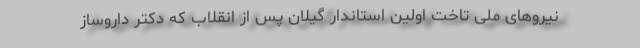
نیروهای ملی تاخت اولین استاندار گیلان پس از انقلاب که دکتر دارو‌ساز